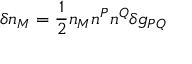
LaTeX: \delta n _ { M } = \frac { 1 } { 2 } n _ { M } n ^ { P } n ^ { Q } \delta g _ { P Q }